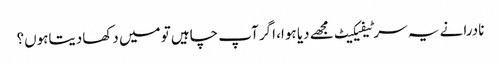
نادرا نے یہ سرٹیفیکیٹ مجھے دیا ہوا، اگر آپ چاہیں تو میں دکھادیتاہوں؟